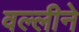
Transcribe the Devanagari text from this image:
वल्लीने